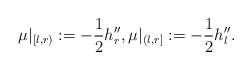
\begin{align*}\mu|_{[l,r)}:=-\frac{1}{2}h''_r,\mu|_{(l,r]}:=-\frac{1}{2}h''_l. \end{align*}